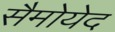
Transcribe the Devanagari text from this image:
सैमोयेद